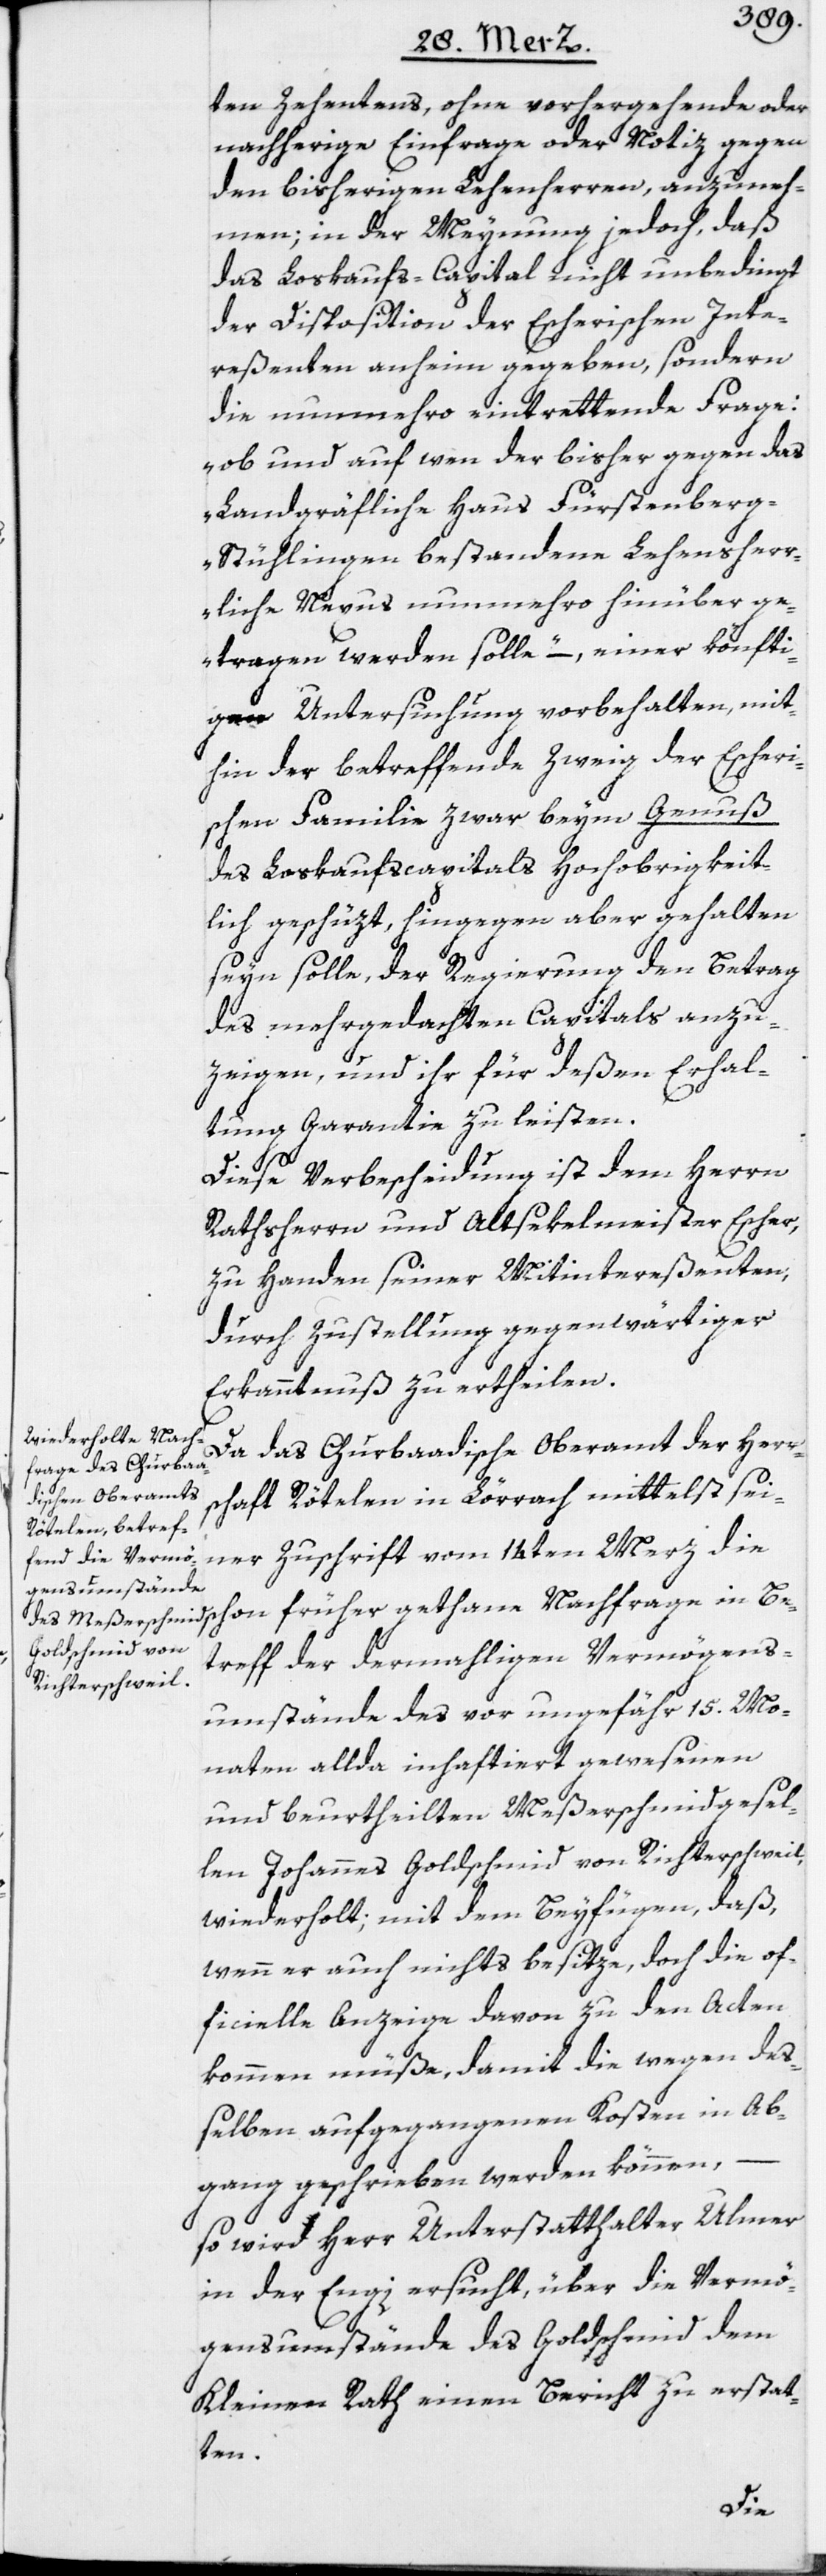
ten Zehentens, ohne vorhergehende oder
nachherige Einfrage oder Notiz gegen
den bisherigen Lehenherren, anzuneh¬
men; in der Meynung jedoch, daß
das Loskaufs-Capital nicht unbedingt
der Disposition der Escherischen Inte¬
reßenten anheim gegeben, sondern
die nunmehro eintrettende Frage:
„ob und auf wen der bisher gegen das
Landgräfliche Haus Fürstenber¬
g-Stühlingen bestandene Lehensherr¬
liche Nexus nunmehro hinüber ge¬
tragen werden solle“ –, einer könfti¬
gen Untersuchung vorbehalten, mit¬
hin der betreffende Zweig der Escheri¬
schen Familie zwar beym Genuß
des Loskaufscapitals Hochobrigkeit¬
lich geschüzt, hingegen aber gehalten
seyn solle, der Regierung den Betrag
des mehrgedachten Capitals anzu¬
zeigen, und ihr für deßen Erhal¬
tung Garantie zu leisten.
Diese Verbescheidung ist dem Herrn
Rathsherrn und Altsekelmeister Escher,
zu Handen seiner Mitintereßenten,
durch Zustellung gegenwärtiger
Erkanntnuß zu ertheilen.
Da das Churbaadische Oberamt der Herr¬
schaft Rötelen in Lörrach mittelst sei¬
ner Zuschrift vom 14ten Merz die
treff der dermahligen Vermögens¬
umstände des vor ungefähr 15. Mo¬
naten allda inhaftiert gewesenen
und beurtheilten Meßerschmidgesel¬
len Johannes Goldschmid von Richterschweil,
wiederholt; mit dem Beyfügen, daß,
wenn er auch nichts besitze, doch die of¬
ficielle Anzeige davon zu den Acten
kommen müße, damit die wegen de¬
ßelben aufgegangenen Kosten in Ab¬
gang geschrieben werden können,
so wird Herr Unterstatthalter Ulmer
in der Engi ersucht, über die Vermö¬
gensumstände des Goldschmid dem
Kleinen Rath einen Bericht zu erstat¬
ten.
Be¬